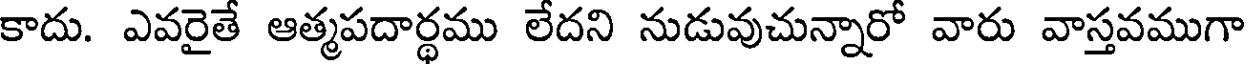
కాదు. ఎవరైతే ఆత్మపదార్థము లేదని నుడువుచున్నారో వారు వాస్తవముగా